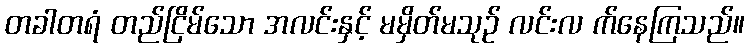
တခါတရံ တည်ငြိမ်သော အလင်းနှင့် မမှိတ်မသုဉ် လင်းလ က်နေကြသည်။